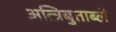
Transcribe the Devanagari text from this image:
अत्त्रिबुताब्ले